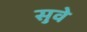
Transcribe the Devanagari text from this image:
सुवे